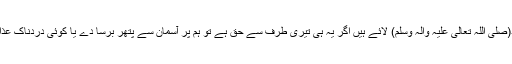
جو قرآن محمد(صَلَّی اللہُ تَعَالٰی عَلَیْہِ وَاٰلِہٖ وَسَلَّمَ) لائے ہیں اگر یہ ہی تیری طرف سے حق ہے تو ہم پر آسمان سے پتھر برسا دے یا کوئی دردناک عذاب ہم پر لے آ۔